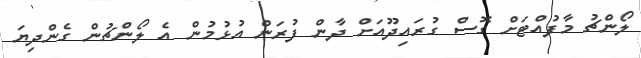
ލޯންޗު މާފުއްޓަށް ގޮސް ގުރައިދޫއަށް ދާން ފުރަން އުޅުމުން އެ ލޯންޗުން ގެންދިޔަ